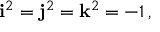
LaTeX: \mathbf { i } ^ { 2 } = \mathbf { j } ^ { 2 } = \mathbf { k } ^ { 2 } = - 1 \, ,